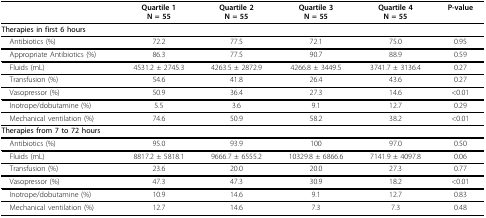
<table><thead><tr><td></td><td><b>Quartile 1N = 55</b></td><td><b>Quartile 2N = 55</b></td><td><b>Quartile 3N = 55</b></td><td><b>Quartile 4N = 55</b></td><td><b>P-value</b></td></tr></thead><tbody><tr><td colspan="6"><b>Therapies in first 6 hours</b></td></tr><tr><td> Antibiotics (%)</td><td>72.2</td><td>77.5</td><td>72.1</td><td>75.0</td><td>0.95</td></tr><tr><td> Appropriate Antibiotics (%)</td><td>86.3</td><td>77.5</td><td>90.7</td><td>88.9</td><td>0.59</td></tr><tr><td> Fluids (mL)</td><td>4531.2 ± 2745.3</td><td>4263.5 ± 2872.9</td><td>4266.8 ± 3449.5</td><td>3741.7 ± 3136.4</td><td>0.27</td></tr><tr><td> Transfusion (%)</td><td>54.6</td><td>41.8</td><td>26.4</td><td>43.6</td><td>0.27</td></tr><tr><td> Vasopressor (%)</td><td>50.9</td><td>36.4</td><td>27.3</td><td>14.6</td><td>&lt;0.01</td></tr><tr><td> Inotrope/dobutamine (%)</td><td>5.5</td><td>3.6</td><td>9.1</td><td>12.7</td><td>0.29</td></tr><tr><td> Mechanical ventilation (%)</td><td>74.6</td><td>50.9</td><td>58.2</td><td>38.2</td><td>&lt;0.01</td></tr><tr><td colspan="6"><b>Therapies from 7 to 72 hours</b></td></tr><tr><td> Antibiotics (%)</td><td>95.0</td><td>93.9</td><td>100</td><td>97.0</td><td>0.50</td></tr><tr><td> Fluids (mL)</td><td>8817.2 ± 5818.1</td><td>9666.7 ± 6555.2</td><td>10329.8 ± 6866.6</td><td>7141.9 ± 4097.8</td><td>0.06</td></tr><tr><td> Transfusion (%)</td><td>23.6</td><td>20.0</td><td>20.0</td><td>27.3</td><td>0.77</td></tr><tr><td> Vasopressor (%)</td><td>47.3</td><td>47.3</td><td>30.9</td><td>18.2</td><td>&lt;0.01</td></tr><tr><td> Inotrope/dobutamine (%)</td><td>10.9</td><td>14.6</td><td>9.1</td><td>12.7</td><td>0.83</td></tr><tr><td> Mechanical ventilation (%)</td><td>12.7</td><td>14.6</td><td>7.3</td><td>7.3</td><td>0.48</td></tr></tbody></table>